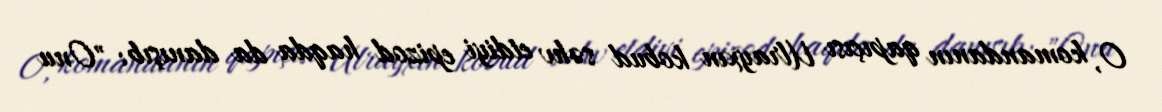
O, komandanın qapıçısı Ulrayxın kobud səhv etdiyi epizod haqda da danışıb: "Onu